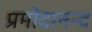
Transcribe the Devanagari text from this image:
प्रमोदानन्द